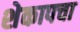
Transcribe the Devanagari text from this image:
शेकापचा